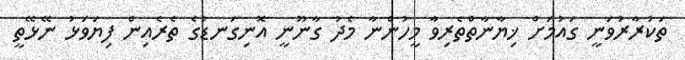
ތަކުރާރުވަނީ ގައުމަށް ޚިޔާނާތްތެރިވާ މީހުންނާ މެދު ގާނޫނީ އޮނިގަނޑުގެ ތެރެއިން ފިޔަވަޅު ނޭޅޭތީ